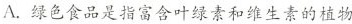
A. 绿色食品是指富含叶绿素和维生素的植物